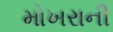
મોખરાની